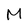
Character: M